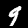
Label: 9